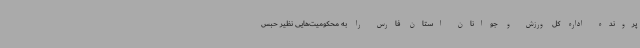
پرونده اداره کل ورزش و جوانان استان فارس را به محکومیت‌هایی نظیر حبس